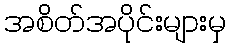
အစိတ်အပိုင်းများမှ